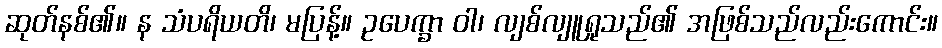
ဆုတ်နစ်၏။ န သံပရိယတိ၊ မပြန့်။ ဥပေက္ခာ ဝါ၊ လျစ်လျူရှုသည်၏ အဖြစ်သည်လည်းကောင်း။